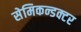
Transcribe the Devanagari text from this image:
सेमिकन्डक्टर